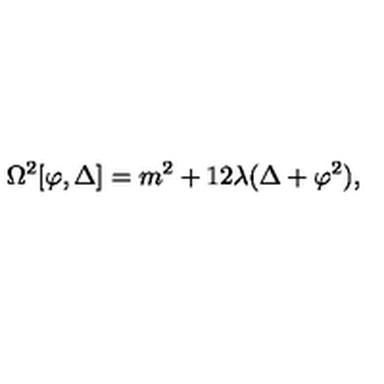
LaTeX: \Omega ^ { 2 } [ \varphi , \Delta ] = m ^ { 2 } + 1 2 \lambda ( \Delta + \varphi ^ { 2 } ) ,